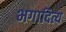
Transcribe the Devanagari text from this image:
भगादित्य